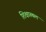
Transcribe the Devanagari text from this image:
शिक्षास्थल